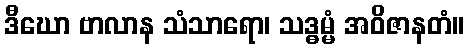
ဒီဃော ဗာလာန သံသာရော၊ သဒ္ဓမ္မံ အဝိဇာနတံ။